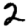
Digit: 2